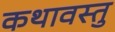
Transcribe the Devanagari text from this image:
कथावस्‍तु